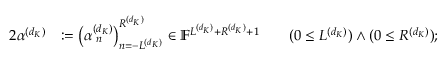
\begin{array} { r l r } { { 2 } \boldsymbol { \alpha } ^ { ( d _ { K } ) } } & { : = \left( \alpha _ { \hphantom { ( } n } ^ { ( d _ { K } ) } \right) _ { n = - L ^ { ( d _ { K } ) } } ^ { R ^ { ( d _ { K } ) } } \in \mathbb { F } ^ { L ^ { ( d _ { K } ) } + R ^ { ( d _ { K } ) } + 1 } } & { \quad ( 0 \leq L ^ { ( d _ { K } ) } ) \wedge ( 0 \leq R ^ { ( d _ { K } ) } ) ; } \end{array}